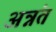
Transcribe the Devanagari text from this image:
अन्नंत